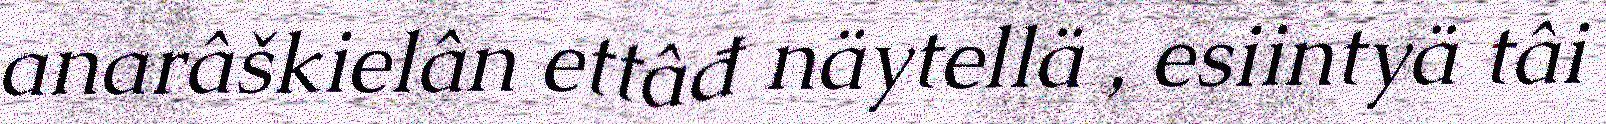
anarâškielân ettâđ näytellä , esiintyä tâi